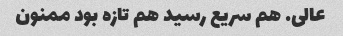
عالی. هم سریع رسید هم تازه بود ممنون